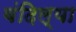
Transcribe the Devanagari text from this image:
वंदिल्या